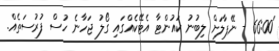
'66:00 - ނޭޕާލަށް ލިބުނު ކައުންޓާ އެޓޭކެއްގައި ގޯލު ޖަހާނެ ހުސް ފުރުސަތެއް.